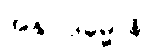
အနုပ္ပါဒဓမ္မာနိ